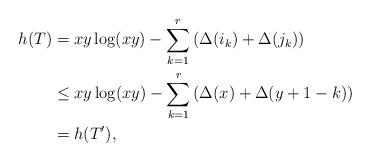
LaTeX: \begin{align*} h(T)&=xy \log(xy) - \sum_{k=1}^{r} \left( \Delta(i_k) + \Delta(j_k) \right)\\ &\le xy \log(xy) - \sum_{k=1}^{r} \left( \Delta(x)+\Delta(y+1-k) \right)\\ &= h(T'), \end{align*}